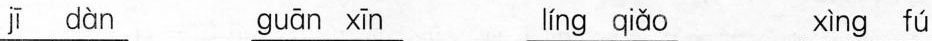
jī dàn guān xīn líng qiǎo xìng fú